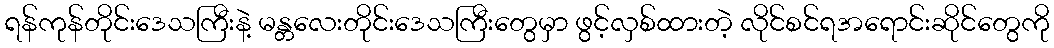
ရန်ကုန်တိုင်းဒေသကြီးနဲ့ မန္တလေးတိုင်းဒေသကြီးတွေမှာ ဖွင့်လှစ်ထားတဲ့ လိုင်စင်ရအရောင်းဆိုင်တွေကို